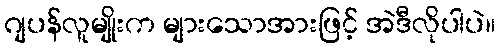
ဂျပန်လူမျိုးက များသောအားဖြင့် အဲဒီလိုပါပဲ။